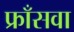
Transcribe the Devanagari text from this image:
फ्राँसवा